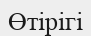
Өтірігі